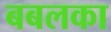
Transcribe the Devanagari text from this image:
बबलका